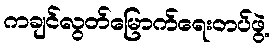
ကချင်လွတ်မြောက်ရေးတပ်ဖွဲ့